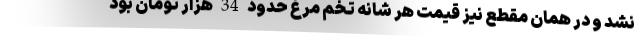
نشد و در همان مقطع نیز قیمت هر شانه تخم مرغ حدود 34 هزار تومان بود